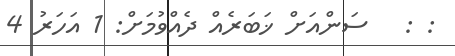
: :   ސަންއަށް ޚަބަރެއް ދެއްވުމަށް: 1 އަހަރު 4